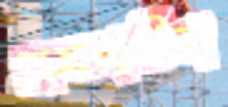
তুলনাহীনা